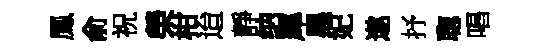
鳳俞祝榮柑迨靜纳犀黑妃遨抒聦唱